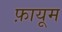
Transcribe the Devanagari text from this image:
फ़ायूम